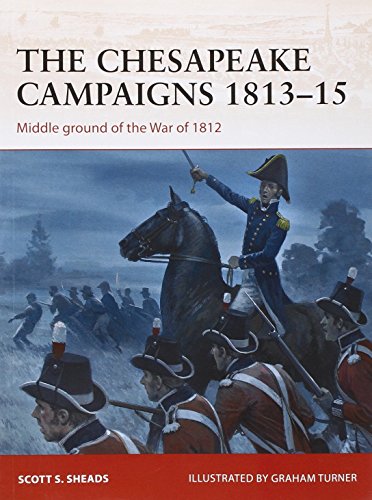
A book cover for The Chesapeake Campaigns 1813-15: Middle Ground of the War of 1812; Scott Sheads; History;